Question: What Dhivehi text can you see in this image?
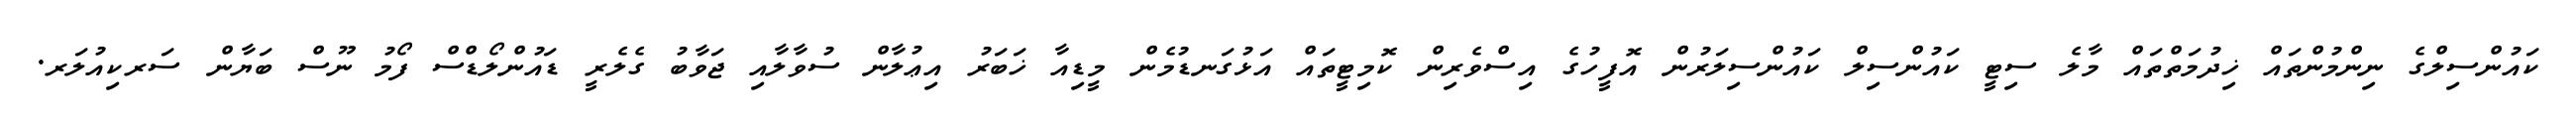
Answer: ކައުންސިލްގެ ނިންމުންތައް ޚިދުމަތްތައް މާލެ ސިޓީ ކައުންސިލް ކައުންސިލަރުން އޮފީހުގެ އިސްވެރިން ކޮމިޓީތައް އަޅުގަނޑުމެން މީޑިއާ ޚަބަރު އިޢުލާން ސުވާލާއި ޖަވާބު ގެލެރީ ޑައުންލޯޑްސް ފޯމު ނޫސް ބަޔާން ސަރކިއުލަރ.